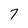
Character: 7